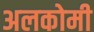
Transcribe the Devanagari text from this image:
अलकोमी